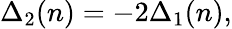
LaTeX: \Delta_{2}(n)=-2\Delta_{1}(n),